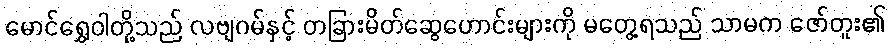
မောင်ရွှေဝါတို့သည် လဗျဂမ်နှင့် တခြားမိတ်ဆွေဟောင်းများကို မတွေ့ရသည် သာမက ဇော်တူး၏